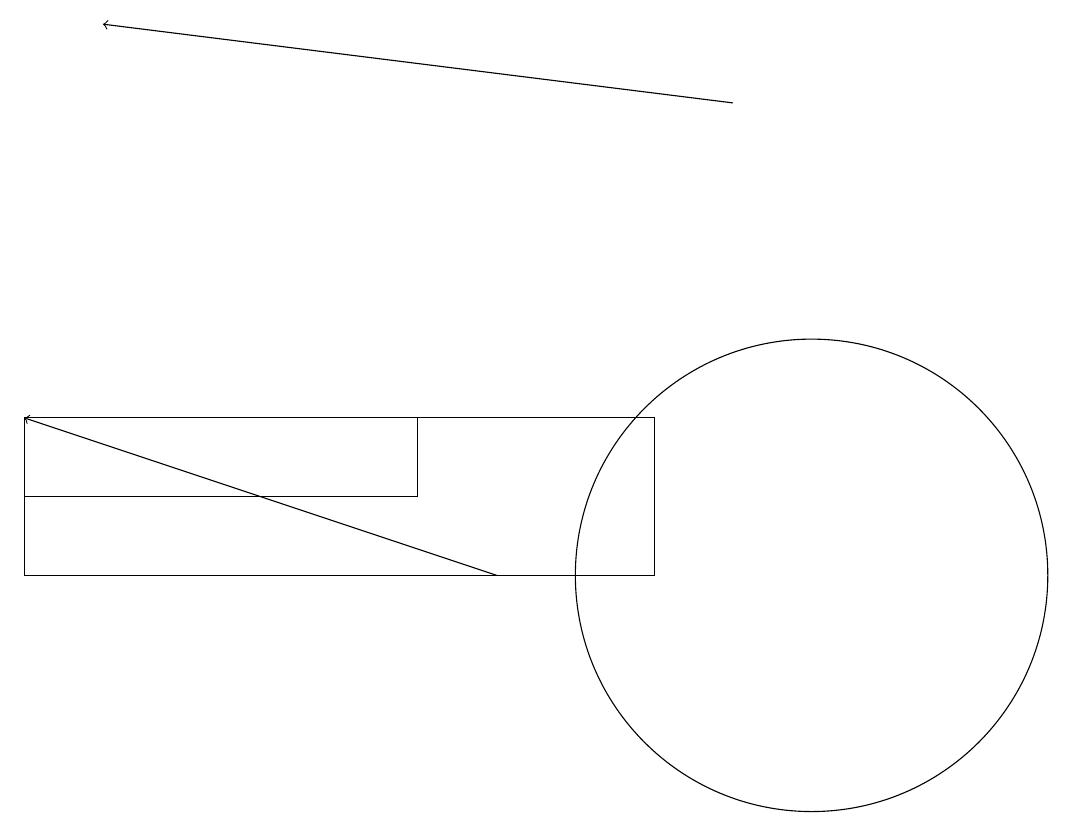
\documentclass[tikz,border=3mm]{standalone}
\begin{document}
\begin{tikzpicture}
\draw[->] (6,11) -- (0,13);
\draw (0,11) rectangle (8,13);
\draw (0,13) rectangle (5,12);
\draw (10,11) circle (3);
\draw[->] (9,17) -- (1,18);
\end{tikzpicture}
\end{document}